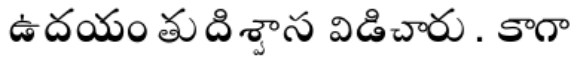
ఉదయం తుదిశ్వాస విడిచారు. కాగా